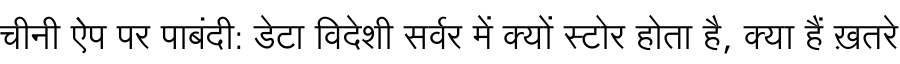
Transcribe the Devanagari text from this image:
चीनी ऐप पर पाबंदी: डेटा विदेशी सर्वर में क्यों स्टोर होता है, क्या हैं ख़तरे